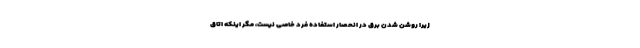
زیرا روشن شدن برق در انحصار استفاده فرد خاصی نیست، مگر اینکه اتاق